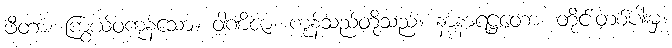
ဖီတာ၊ ကြွယ်ဝကုန်သော။ ဝါဏိဇာ၊ ကုန်သည်တို့သည်။ နာနာရဋ္ဌတော၊ တိုင်းတစ်ပါးမှ။